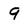
Character: 9